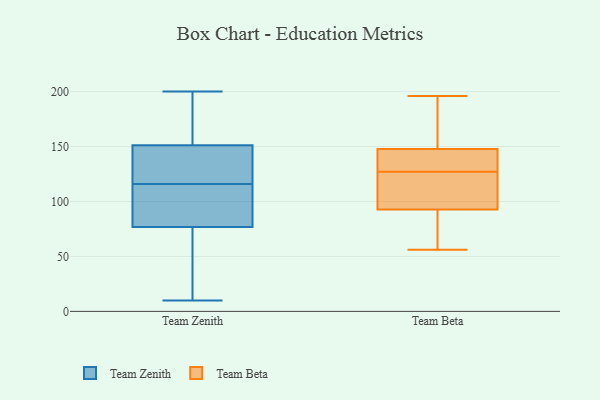
{"axis": {"x": "Backlog", "y": "Value"}, "legend": ["Team Beta", "Team Zenith"], "data": [{"x": "", "y": 60, "type": "Team Zenith"}, {"x": "", "y": 152, "type": "Team Zenith"}, {"x": "", "y": 79, "type": "Team Zenith"}, {"x": "", "y": 145, "type": "Team Zenith"}, {"x": "", "y": 200, "type": "Team Zenith"}, {"x": "", "y": 170, "type": "Team Zenith"}, {"x": "", "y": 115, "type": "Team Zenith"}, {"x": "", "y": 112, "type": "Team Zenith"}, {"x": "", "y": 151, "type": "Team Zenith"}, {"x": "", "y": 70, "type": "Team Zenith"}, {"x": "", "y": 32, "type": "Team Zenith"}, {"x": "", "y": 116, "type": "Team Zenith"}, {"x": "", "y": 10, "type": "Team Zenith"}, {"x": "", "y": 165, "type": "Team Zenith"}, {"x": "", "y": 89, "type": "Team Zenith"}, {"x": "", "y": 138, "type": "Team Zenith"}, {"x": "", "y": 148, "type": "Team Zenith"}, {"x": "", "y": 56, "type": "Team Beta"}, {"x": "", "y": 80, "type": "Team Beta"}, {"x": "", "y": 97, "type": "Team Beta"}, {"x": "", "y": 114, "type": "Team Beta"}, {"x": "", "y": 73, "type": "Team Beta"}, {"x": "", "y": 106, "type": "Team Beta"}, {"x": "", "y": 132, "type": "Team Beta"}, {"x": "", "y": 179, "type": "Team Beta"}, {"x": "", "y": 132, "type": "Team Beta"}, {"x": "", "y": 196, "type": "Team Beta"}, {"x": "", "y": 141, "type": "Team Beta"}, {"x": "", "y": 168, "type": "Team Beta"}, {"x": "", "y": 127, "type": "Team Beta"}]}